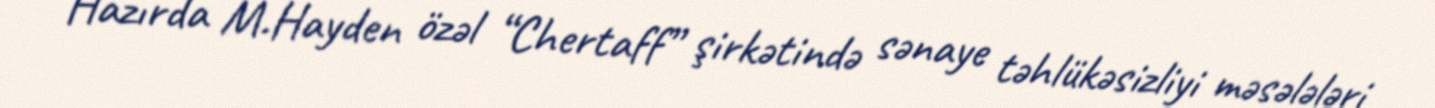
Hazırda M.Hayden özəl “Chertaff” şirkətində sənaye təhlükəsizliyi məsələləri